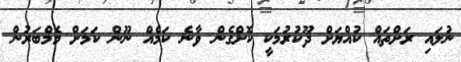
ނުލައި ރަށްތައް ކުއްޔަށް ދޫކުރުމަކީ ކޮށްގެން ވާނެ ކަމެއް ނޫން ކަމަށް މެމްބަރުން